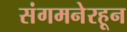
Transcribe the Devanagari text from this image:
संगमनेरहून